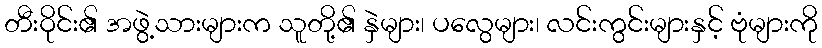
တီးဝိုင်း၏ အဖွဲ့သားများက သူတို့၏ နှဲများ၊ ပလွေများ၊ လင်းကွင်းများနှင့် ဗုံများကို